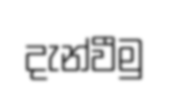
දැන්වීමු